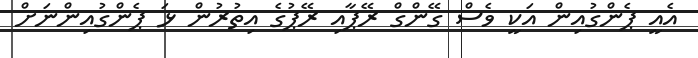
އެއީ ޕެންގުއިން އަކީ ވެސް ގޭންގް ރޭޕާއި ރޭޕުގެ އިތުރުން ޅަ ޕެންގުއިންނަށް